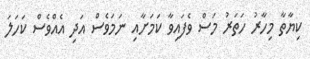
ކިޔާތާ މިހާރު ހަތަރު މަސް ވެފައިވާ ކަމަށާއި ނަމަވެސް އަދި އެއްވެސް ކަހަލަ